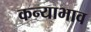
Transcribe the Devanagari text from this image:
कन्याभाव